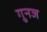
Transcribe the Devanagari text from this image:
गुनज